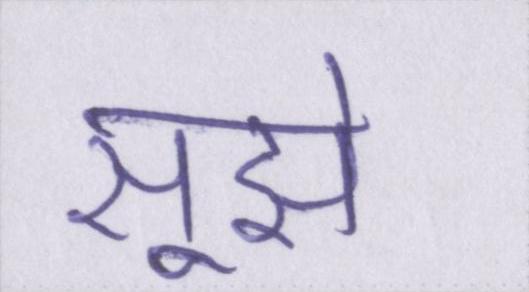
सूझे